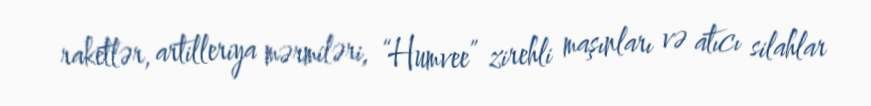
raketlər, artilleriya mərmiləri, “Humvee” zirehli maşınları və atıcı silahlar